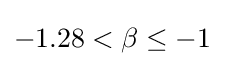
-1.28<\beta \leq -1